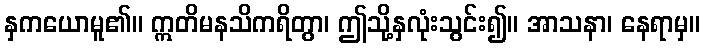
နှကယောမူ၏။ ဣတိမနသိကရိတွာ၊ ဤသို့နှလုံးသွင်း၍။ အာသနာ၊ နေရာမှ။